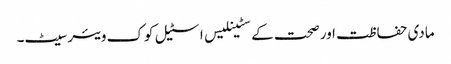
مادی حفاظت اور صحت کے سٹینلیس اسٹیل کوک ویئر سیٹ۔